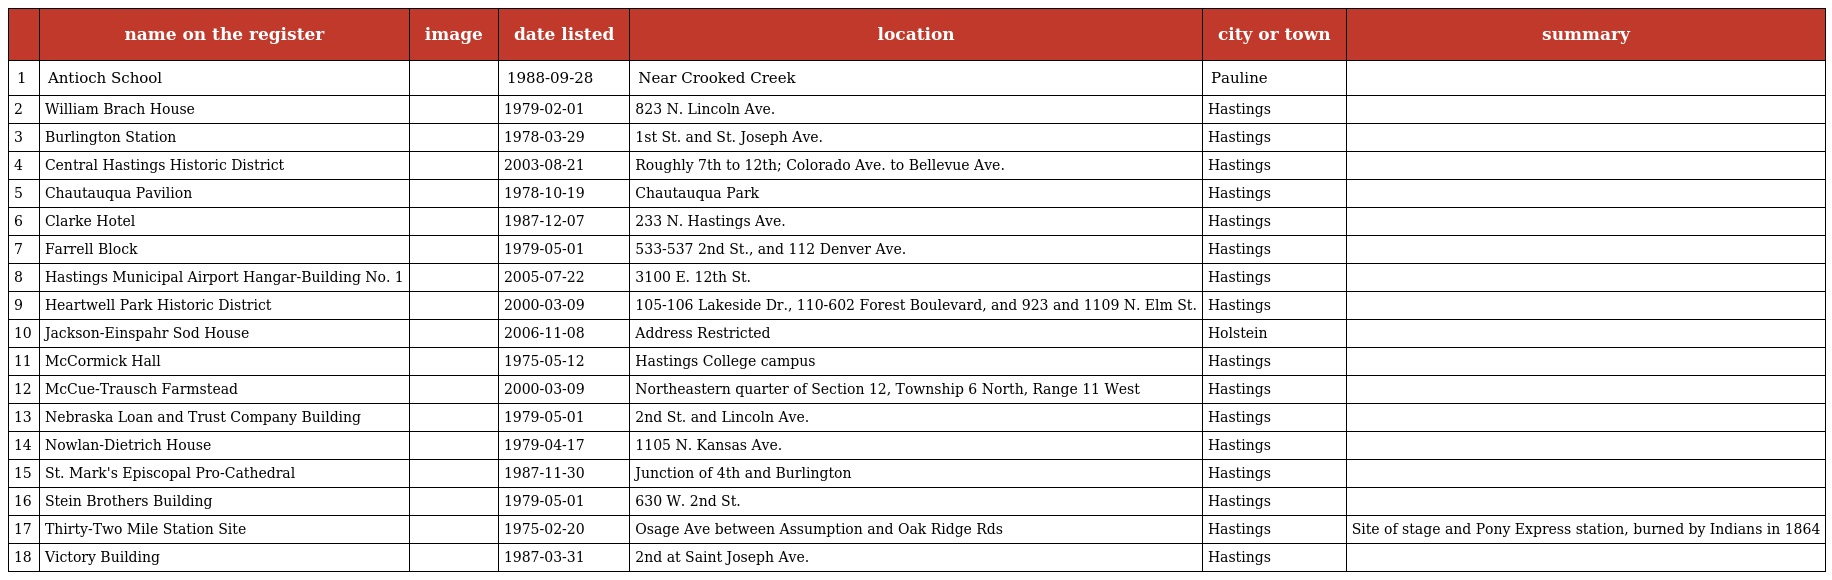
|  | name on the register | image | date listed | location | city or town | summary |
 | --- | --- | --- | --- | --- | --- | --- |
 | 1 | Antioch School |  | 1988-09-28 | Near Crooked Creek | Pauline |  |
 | 2 | William Brach House |  | 1979-02-01 | 823 N. Lincoln Ave. | Hastings |  |
 | 3 | Burlington Station |  | 1978-03-29 | 1st St. and St. Joseph Ave. | Hastings |  |
 | 4 | Central Hastings Historic District |  | 2003-08-21 | Roughly 7th to 12th; Colorado Ave. to Bellevue Ave. | Hastings |  |
 | 5 | Chautauqua Pavilion |  | 1978-10-19 | Chautauqua Park | Hastings |  |
 | 6 | Clarke Hotel |  | 1987-12-07 | 233 N. Hastings Ave. | Hastings |  |
 | 7 | Farrell Block |  | 1979-05-01 | 533-537 2nd St., and 112 Denver Ave. | Hastings |  |
 | 8 | Hastings Municipal Airport Hangar-Building No. 1 |  | 2005-07-22 | 3100 E. 12th St. | Hastings |  |
 | 9 | Heartwell Park Historic District |  | 2000-03-09 | 105-106 Lakeside Dr., 110-602 Forest Boulevard, and 923 and 1109 N. Elm St. | Hastings |  |
 | 10 | Jackson-Einspahr Sod House |  | 2006-11-08 | Address Restricted | Holstein |  |
 | 11 | McCormick Hall |  | 1975-05-12 | Hastings College campus | Hastings |  |
 | 12 | McCue-Trausch Farmstead |  | 2000-03-09 | Northeastern quarter of Section 12, Township 6 North, Range 11 West | Hastings |  |
 | 13 | Nebraska Loan and Trust Company Building |  | 1979-05-01 | 2nd St. and Lincoln Ave. | Hastings |  |
 | 14 | Nowlan-Dietrich House |  | 1979-04-17 | 1105 N. Kansas Ave. | Hastings |  |
 | 15 | St. Mark's Episcopal Pro-Cathedral |  | 1987-11-30 | Junction of 4th and Burlington | Hastings |  |
 | 16 | Stein Brothers Building |  | 1979-05-01 | 630 W. 2nd St. | Hastings |  |
 | 17 | Thirty-Two Mile Station Site |  | 1975-02-20 | Osage Ave between Assumption and Oak Ridge Rds | Hastings | Site of stage and Pony Express station, burned by Indians in 1864 |
 | 18 | Victory Building |  | 1987-03-31 | 2nd at Saint Joseph Ave. | Hastings |  |